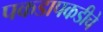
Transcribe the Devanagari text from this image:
पकडापकडीचे